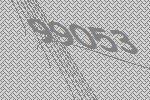
99053